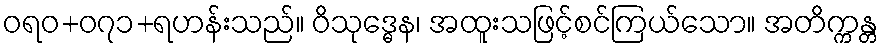
ဝရဝ+၀၇၁+ရဟန်းသည်။ ဝိသုဒ္ဓေန၊ အထူးသဖြင့်စင်ကြယ်သော။ အတိက္ကန္တ